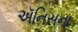
ઍનિસના